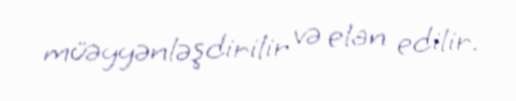
müəyyənləşdirilir və elan edilir.